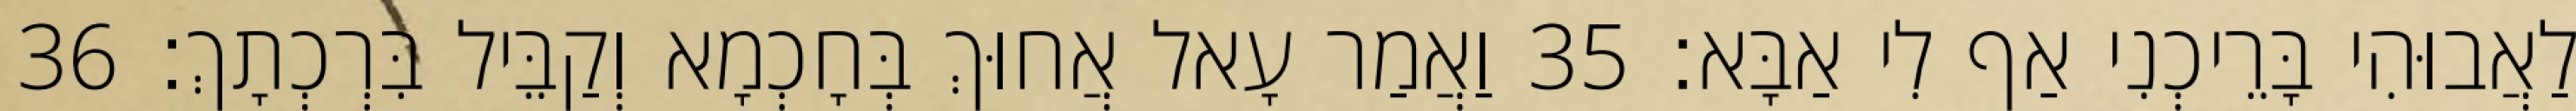
לַאֲבוּהִי בָּרֵיכְנִי אַף לִי אַבָּא׃ 35 וַאֲמַר עָאל אֲחוּךְ בְּחָכְמָא וְקַבֵּיל בִּרְכְתָךְ׃ 36